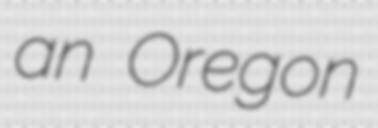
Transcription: an Oregon